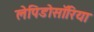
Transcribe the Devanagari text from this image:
लेपिडोसॉरिया